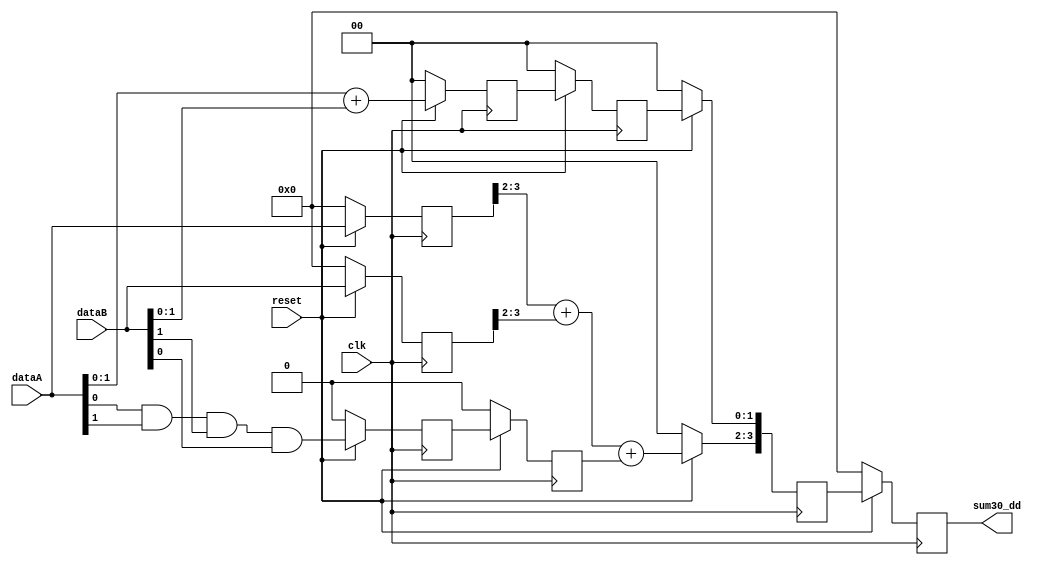
/* Generated by Yosys 0.7 (git sha1 61f6811, i686-w64-mingw32.static-gcc 4.9.3 -Os) */

(* src = "Sumador.v:1" *)
module Sumador(clk, reset, dataA, dataB, sum30_dd);
  (* src = "Sumador.v:18" *)
  reg _00_;
  (* src = "Sumador.v:18" *)
  reg _01_;
  (* src = "Sumador.v:18" *)
  reg [3:0] _02_;
  (* src = "Sumador.v:18" *)
  reg [3:0] _03_;
  (* src = "Sumador.v:18" *)
  reg [3:0] _04_;
  (* src = "Sumador.v:18" *)
  reg [3:0] _05_;
  (* src = "Sumador.v:18" *)
  reg [1:0] _06_;
  (* src = "Sumador.v:18" *)
  reg [1:0] _07_;
  (* src = "Sumador.v:32" *)
  wire [1:0] _08_;
  (* src = "Sumador.v:36" *)
  wire [1:0] _09_;
  (* src = "Sumador.v:36" *)
  wire [1:0] _10_;
  (* src = "Sumador.v:33" *)
  wire _11_;
  (* src = "Sumador.v:33" *)
  wire _12_;
  (* src = "Sumador.v:33" *)
  wire _13_;
  (* src = "Sumador.v:19" *)
  wire _14_;
  (* src = "Sumador.v:14" *)
  reg acarreo;
  (* src = "Sumador.v:15" *)
  reg acarreo_d;
  (* src = "Sumador.v:3" *)
  input clk;
  (* src = "Sumador.v:5" *)
  input [3:0] dataA;
  (* src = "Sumador.v:12" *)
  reg [3:0] dataA_d;
  (* src = "Sumador.v:6" *)
  input [3:0] dataB;
  (* src = "Sumador.v:13" *)
  reg [3:0] dataB_d;
  (* src = "Sumador.v:4" *)
  input reset;
  (* src = "Sumador.v:16" *)
  reg [3:0] sum30_d;
  (* src = "Sumador.v:7" *)
  output [3:0] sum30_dd;
  reg [3:0] sum30_dd;
  (* src = "Sumador.v:10" *)
  reg [1:0] sum_temp;
  (* src = "Sumador.v:11" *)
  reg [1:0] sum_temp_d;
  assign _08_ = dataA[1:0] + (* src = "Sumador.v:32" *) dataB[1:0];
  assign _09_ = dataA_d[3:2] + (* src = "Sumador.v:36" *) dataB_d[3:2];
  assign _10_ = _09_ + (* src = "Sumador.v:36" *) acarreo_d;
  assign _11_ = dataA[0] & (* src = "Sumador.v:33" *) dataA[1];
  assign _12_ = _11_ & (* src = "Sumador.v:33" *) dataB[1];
  assign _13_ = _12_ & (* src = "Sumador.v:33" *) dataB[0];
  assign _14_ = ! (* src = "Sumador.v:19" *) reset;
  always @* begin
    _05_ = sum30_dd;
    _06_ = sum_temp;
    _07_ = sum_temp_d;
    _02_ = dataA_d;
    _03_ = dataB_d;
    _00_ = acarreo;
    _01_ = acarreo_d;
    _04_ = sum30_d;
    casez (_14_)
      1'b1:
        begin
          _05_ = 4'b0000;
          _06_ = 2'b00;
          _07_ = 2'b00;
          _02_ = 4'b0000;
          _03_ = 4'b0000;
          _00_ = 1'b0;
          _01_ = 1'b0;
          _04_ = 4'b0000;
        end
      default:
        begin
          _02_ = dataA;
          _03_ = dataB;
          _06_ = _08_;
          _00_ = _13_;
          _07_ = sum_temp;
          _01_ = acarreo;
          _04_[3:2] = _10_;
          _04_[1:0] = sum_temp_d;
          _05_ = sum30_d;
        end
    endcase
  end
  always @(posedge clk) begin
      sum30_dd <= _05_;
      sum_temp <= _06_;
      sum_temp_d <= _07_;
      dataA_d <= _02_;
      dataB_d <= _03_;
      acarreo <= _00_;
      acarreo_d <= _01_;
      sum30_d <= _04_;
  end
endmodule

(* top =  1  *)
(* src = "Sumador_pipe.v:3" *)
module Sumador_pipe(clk, reset, idx, dataA, dataB, idx_dd, sum30_dd);
  (* src = "Sumador_pipe.v:15" *)
  reg [3:0] _0_;
  (* src = "Sumador_pipe.v:15" *)
  reg [3:0] _1_;
  (* src = "Sumador_pipe.v:20" *)
  wire [31:0] _2_;
  (* src = "Sumador_pipe.v:21" *)
  wire [31:0] _3_;
  (* src = "Sumador_pipe.v:16" *)
  wire _4_;
  (* src = "Sumador_pipe.v:4" *)
  input clk;
  (* src = "Sumador_pipe.v:7" *)
  input [3:0] dataA;
  (* src = "Sumador_pipe.v:8" *)
  input [3:0] dataB;
  (* src = "Sumador_pipe.v:6" *)
  input [3:0] idx;
  (* src = "Sumador_pipe.v:13" *)
  reg [3:0] idx_d;
  (* src = "Sumador_pipe.v:9" *)
  output [3:0] idx_dd;
  reg [3:0] idx_dd;
  (* src = "Sumador_pipe.v:5" *)
  input reset;
  (* src = "Sumador_pipe.v:10" *)
  output [3:0] sum30_dd;
  assign _2_ = idx + (* src = "Sumador_pipe.v:20" *) 32'd1;
  assign _3_ = idx_d + (* src = "Sumador_pipe.v:21" *) 32'd1;
  assign _4_ = ! (* src = "Sumador_pipe.v:16" *) reset;
  (* src = "Sumador_pipe.v:25" *)
  Sumador s1 (
    .clk(clk),
    .dataA(dataA),
    .dataB(dataB),
    .reset(reset),
    .sum30_dd(sum30_dd)
  );
  always @* begin
    _1_ = idx_dd;
    _0_ = idx_d;
    casez (_4_)
      1'b1:
        begin
          _0_ = 4'b0000;
          _1_ = 4'b0000;
        end
      default:
        begin
          _0_ = _2_[3:0];
          _1_ = _3_[3:0];
        end
    endcase
  end
  always @(posedge clk) begin
      idx_dd <= _1_;
      idx_d <= _0_;
  end
endmodule